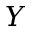
Y